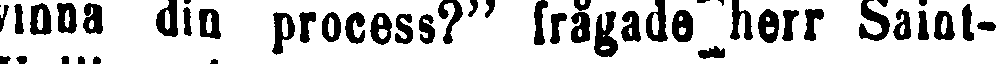
vinna din process?" frågade herr Saint-